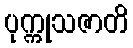
ပုက္ကုသဇာတိ